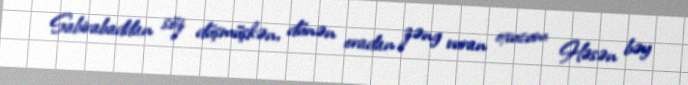
Sabirabaddan söz düşmüşkən, dünən oradan zəng vuran oxucum Həsən bəy